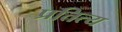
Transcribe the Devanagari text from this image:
प्रतित्य